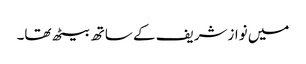
میں نوازشریف کے ساتھ بیٹھ تھا۔